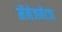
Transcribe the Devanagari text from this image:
मॅनेजमेंटचा